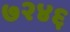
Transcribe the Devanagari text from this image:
७२४६